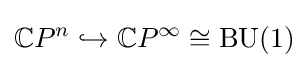
\mathbb {C} P^{n}\hookrightarrow \mathbb {C} P^{\infty }\cong \operatorname {BU} (1)